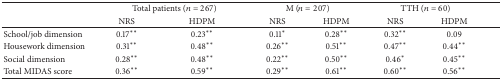
<table><thead><tr><td><b> </b></td><td colspan="2"><b>Total patients (<i>n</i> = 267)</b></td><td colspan="2"><b>M (<i>n</i> = 207)</b></td><td colspan="2"><b>TTH (<i>n</i> = 60)</b></td></tr><tr><td><b> </b></td><td><b>NRS</b></td><td><b>HDPM</b></td><td><b>NRS</b></td><td><b>HDPM</b></td><td><b>NRS</b></td><td><b>HDPM</b></td></tr></thead><tbody><tr><td>School/job dimension</td><td>0.17**</td><td>0.23**</td><td>0.11*</td><td>0.28**</td><td>0.32**</td><td>0.09</td></tr><tr><td>Housework dimension</td><td>0.31**</td><td>0.48**</td><td>0.26**</td><td>0.51**</td><td>0.47**</td><td>0.44**</td></tr><tr><td>Social dimension</td><td>0.28**</td><td>0.48**</td><td>0.22**</td><td>0.50**</td><td>0.46*</td><td>0.45**</td></tr><tr><td>Total MIDAS score</td><td>0.36**</td><td>0.59**</td><td>0.29**</td><td>0.61**</td><td>0.60**</td><td>0.56**</td></tr></tbody></table>